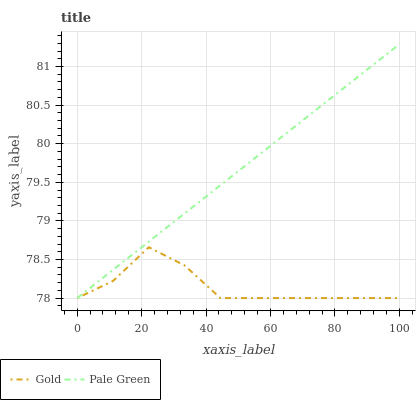
| xaxis_label | Gold | Pale Green |
 | --- | --- | --- |
 | 0 | 78 | 78 |
 | 11.1 | 78.2 | 78.4 |
 | 22.2 | 78.7 | 78.7 |
 | 33.3 | 78.4 | 79.1 |
 | 44.4 | 78 | 79.5 |
 | 55.6 | 78 | 79.8 |
 | 66.7 | 78 | 80.2 |
 | 77.8 | 78 | 80.6 |
 | 88.9 | 78 | 80.9 |
 | 100 | 78 | 81.3 |